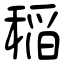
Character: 稲